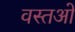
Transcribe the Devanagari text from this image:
वस्तओं